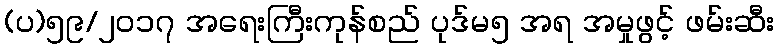
(ပ)၅၉/၂၀၁၇ အရေးကြီးကုန်စည် ပုဒ်မ၅ အရ အမှုဖွင့် ဖမ်းဆီး